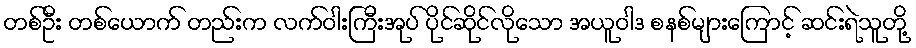
တစ်ဦး တစ်ယောက် တည်းက လက်ဝါးကြီးအုပ် ပိုင်ဆိုင်လိုသော အယူဝါဒ စနစ်များကြောင့် ဆင်းရဲသူတို့